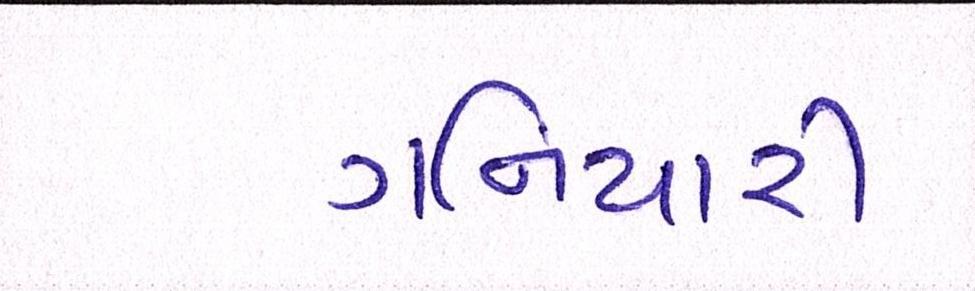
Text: ગનિયારી